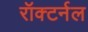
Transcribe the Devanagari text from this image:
रॉक्टर्नल